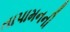
તાપામનની